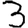
Digit: 3